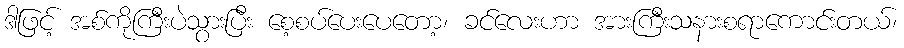
ဒါဖြင့် အစ်ကိုကြီးပဲသွားပြီး စေ့စပ်ပေးပေတော့၊ ခင်လေးဟာ အားကြီးသနားစရာကောင်းတယ်၊